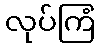
လုပ်ကြံ